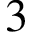
3